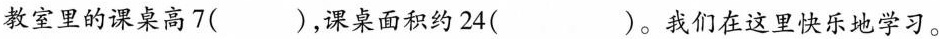
教室里的课桌高7( )，课桌面积约24( )。我们在这里快乐地学习。